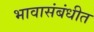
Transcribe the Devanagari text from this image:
भावासंबंधीत